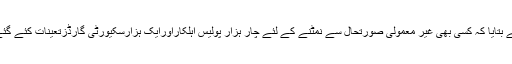
حکام نے بتایا کہ کسی بھی غیر معمولی صورتحال سے نمٹنے کے لئے چار ہزار پولیس اہلکاراورایک ہزارسکیورٹی گارڈزتعینات کئے گئے تھے۔